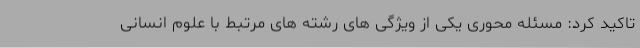
تاکید کرد: مسئله محوری یکی از ویژگی های رشته های مرتبط با علوم انسانی